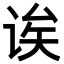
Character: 诶